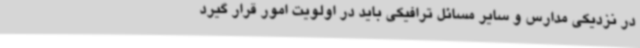
در نزدیکی مدارس و سایر مسائل ترافیکی باید در اولویت امور قرار گیرد